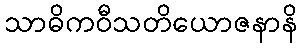
သာဓိကဝီသတိယောဇနာနိ